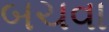
બચવા